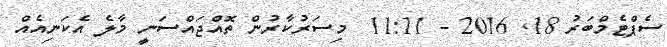
ސެޕްޓެމްބަރު 18